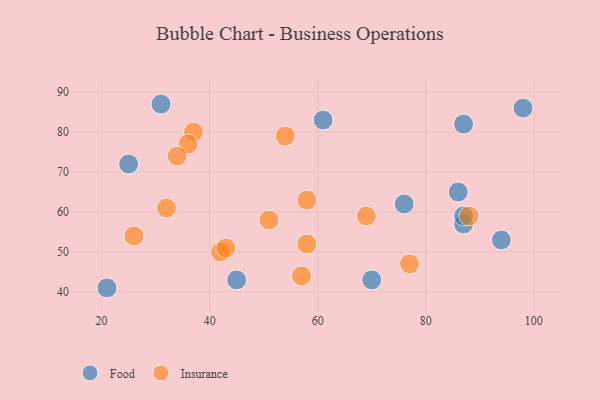
{"axis": {"x": "GDP", "y": "Life Expectancy"}, "legend": ["Food", "Insurance"], "data": [{"x": "76", "y": 62, "type": "Food"}, {"x": "86", "y": 65, "type": "Food"}, {"x": "87", "y": 82, "type": "Food"}, {"x": "21", "y": 41, "type": "Food"}, {"x": "98", "y": 86, "type": "Food"}, {"x": "25", "y": 72, "type": "Food"}, {"x": "45", "y": 43, "type": "Food"}, {"x": "61", "y": 83, "type": "Food"}, {"x": "31", "y": 87, "type": "Food"}, {"x": "94", "y": 53, "type": "Food"}, {"x": "87", "y": 57, "type": "Food"}, {"x": "87", "y": 59, "type": "Food"}, {"x": "70", "y": 43, "type": "Food"}, {"x": "69", "y": 59, "type": "Insurance"}, {"x": "57", "y": 44, "type": "Insurance"}, {"x": "58", "y": 52, "type": "Insurance"}, {"x": "42", "y": 50, "type": "Insurance"}, {"x": "88", "y": 59, "type": "Insurance"}, {"x": "26", "y": 54, "type": "Insurance"}, {"x": "37", "y": 80, "type": "Insurance"}, {"x": "58", "y": 63, "type": "Insurance"}, {"x": "36", "y": 77, "type": "Insurance"}, {"x": "43", "y": 51, "type": "Insurance"}, {"x": "32", "y": 61, "type": "Insurance"}, {"x": "54", "y": 79, "type": "Insurance"}, {"x": "51", "y": 58, "type": "Insurance"}, {"x": "77", "y": 47, "type": "Insurance"}, {"x": "34", "y": 74, "type": "Insurance"}]}